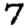
Digit: 7